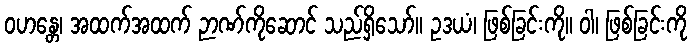
ဝဟန္တေ၊ အထက်အထက် ဉာဏ်ကိုဆောင် သည်ရှိသော်။ ဥဒယံ၊ ဖြစ်ခြင်းကို။ ဝါ၊ ဖြစ်ခြင်းကို